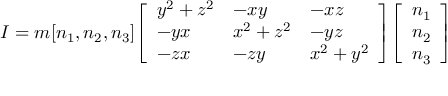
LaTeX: { I } = m [ n _ { 1 } , n _ { 2 } , n _ { 3 } ] { \left[ \begin{array} { l l l } { y ^ { 2 } + z ^ { 2 } } & { - x y } & { - x z } \\ { - y x } & { x ^ { 2 } + z ^ { 2 } } & { - y z } \\ { - z x } & { - z y } & { x ^ { 2 } + y ^ { 2 } } \end{array} \right] } { \left[ \begin{array} { l } { n _ { 1 } } \\ { n _ { 2 } } \\ { n _ { 3 } } \end{array} \right] }